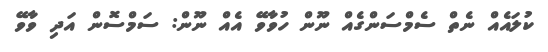
ކުލައެއް ނެތް ސެމްސަންގެެއް ނޫން ހުވާވޭ އެއް ނޫން: ސަމްސޮން އަދި ވާވޭ